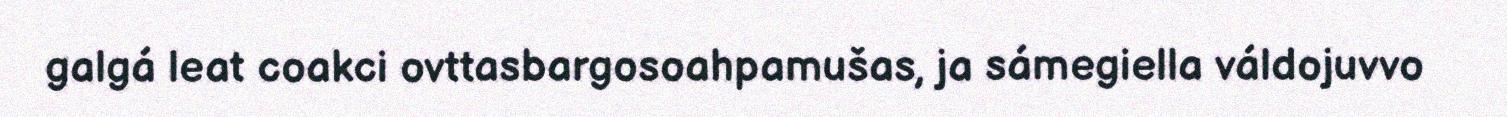
galgá leat coakci ovttasbargosoahpamušas, ja sámegiella váldojuvvo